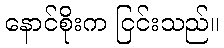
နောင်စိုးက ငြင်းသည်။